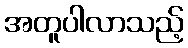
အတူပါလာသည့်